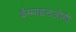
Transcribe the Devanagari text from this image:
ईस्माइलजोगी